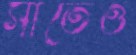
সাতেও